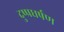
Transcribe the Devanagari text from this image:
दुष्प्रधर्षण